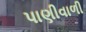
પાણીવાળી